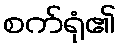
စက်ရုံ၏